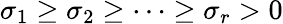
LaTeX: \sigma_{1}\geq\sigma_{2}\geq\cdots\geq\sigma_{r}>0